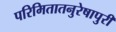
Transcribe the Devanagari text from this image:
परिमितातनुरेषापुरी